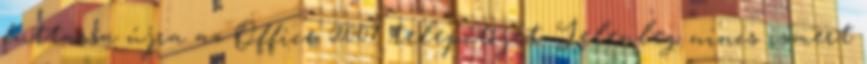
futtassa újra az Office 2007 telepítőjét. Jelenleg nincs ismert